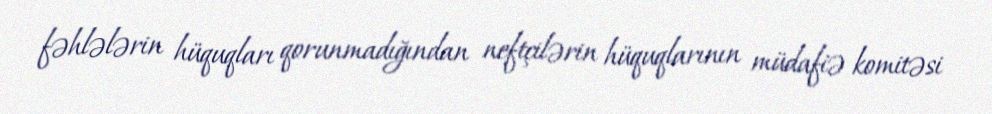
fəhlələrin hüquqları qorunmadığından neftçilərin hüquqlarının müdafiə komitəsi